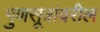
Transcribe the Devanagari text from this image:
गुणसूत्रांवरील